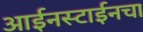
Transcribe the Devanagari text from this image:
आईनस्टाईनचा